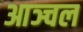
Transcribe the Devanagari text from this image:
आञ्चल